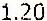
1.20